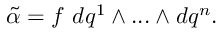
{ \tilde { \alpha } } = f ~ d q ^ { 1 } \wedge . . . \wedge d q ^ { n } .